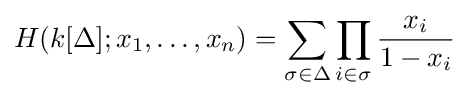
H(k[\Delta ];x_{1},\ldots ,x_{n})=\sum _{\sigma \in \Delta }\prod _{i\in \sigma }{\frac {x_{i}}{1-x_{i}}}